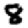
Digit: 8